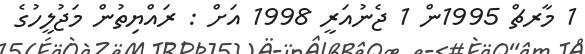
1 މާރޗް 1995ން 1 ޖެނުއަރީ 1998 އަށް : ރައްޔިތުން މަޖުލީހުގެ